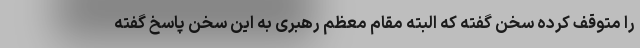
را متوقف کرده سخن گفته که البته مقام معظم رهبری به این سخن پاسخ گفته